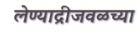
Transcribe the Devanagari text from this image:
लेण्याद्रीजवळच्या